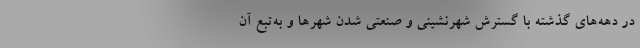
در دهه‌های گذشته با گسترش شهرنشینی و صنعتی شدن شهرها و به‌تبع آن